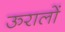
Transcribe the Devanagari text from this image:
ऊरालों